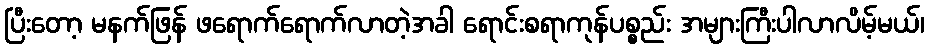
ပြီးတော့ မနက်ဖြန် ဖရောက်ရောက်လာတဲ့အခါ ရောင်းစရာကုန်ပစ္စည်း အများကြီးပါလာလိမ့်မယ်၊